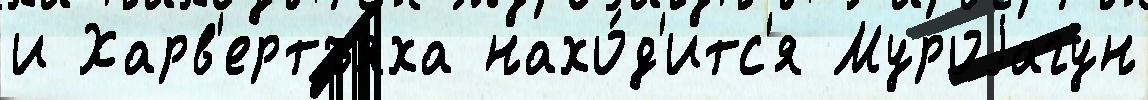
и Харв'ертъяха нахо́д'итс'я Муроjагун